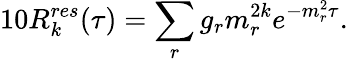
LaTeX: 10R_{k}^{res}(\tau)=\sum_{r}g_{r}m_{r}^{2k}e^{-m_{r}^{2}\tau}.